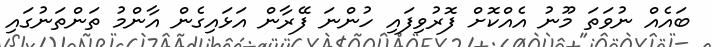
ބައެއް ނުވަތަ މޫނު އެއްކޮށް ފޮރުވިފައި ހުންނަ ފޭރާން އަޅައިގެން އާންމު ތަންތަނުގައި